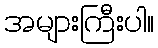
အများကြီးပါ။